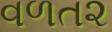
વળત૨